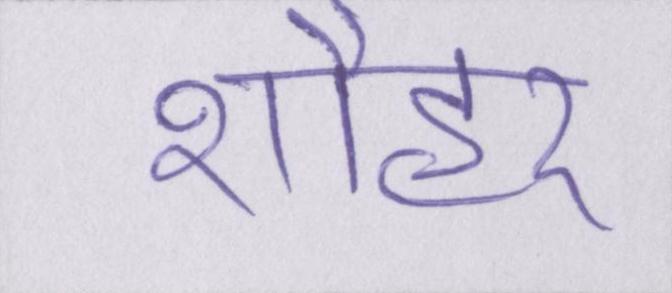
शौहर